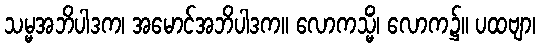
သမ္မအဘိပါဒက၊ အမောင်အဘိပါဒက။ လောကသ္မိံ၊ လောက၌။ ပထဗျာ၊